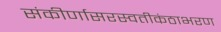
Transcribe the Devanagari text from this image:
संकीर्णासरस्वतीकंठाभरण